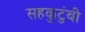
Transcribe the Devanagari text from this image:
सहकुटुंबी